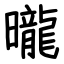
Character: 曨